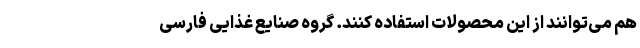
هم می‌توانند از این محصولات استفاده کنند. گروه صنایع غذایی فارسی